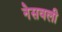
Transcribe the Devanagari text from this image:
नेसवली